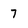
Character: 7